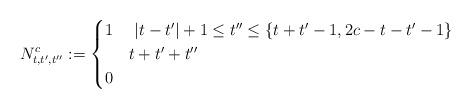
LaTeX: \begin{align*}N^c_{t, t', t''} := \begin{cases} 1 & \ |t-t'|+1 \leq t'' \leq \{t+t'-1, 2c-t-t'-1\}\ \\ & t+t'+t'' \ \\ 0 & \end{cases}\end{align*}